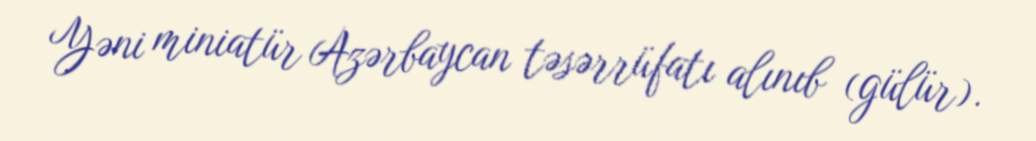
Yəni miniatür Azərbaycan təsərrüfatı alınıb (gülür).